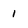
Character: 1